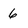
Character: 6